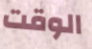
الوقت